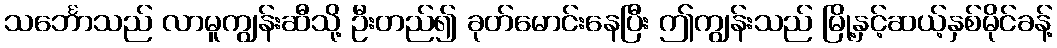
သင်္ဘောသည် လာမူကျွန်းဆီသို့ ဦးတည်၍ ခုတ်မောင်းနေပြီး ဤကျွန်းသည် မြို့နှင့်ဆယ့်နှစ်မိုင်ခန့်